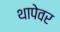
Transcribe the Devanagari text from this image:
थापेवर